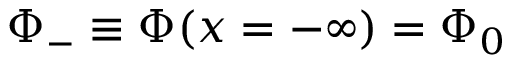
\Phi _ { - } \equiv \Phi ( x = - \infty ) = \Phi _ { 0 }